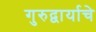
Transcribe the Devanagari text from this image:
गुरुद्वार्याचे